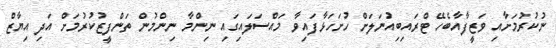
ނުކުރުމަށާއި ވަޒީފާއާބެހޭ ޓްރައިބިއުނަލަށް ހުށަހަޅާފައިވާ މައްސަލައިގައި ނިންމާ ނިންމުން ތަންފީޒުކުރުމަށް އަދި އިޔާޒް